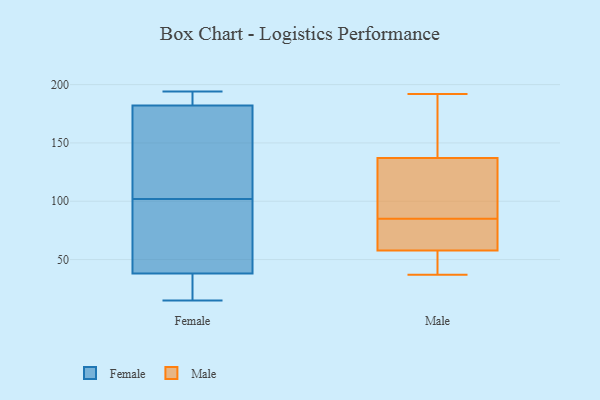
{"axis": {"x": "Operating Costs (USD K)", "y": "Value"}, "legend": ["Female", "Male"], "data": [{"x": "", "y": 17, "type": "Female"}, {"x": "", "y": 112, "type": "Female"}, {"x": "", "y": 55, "type": "Female"}, {"x": "", "y": 56, "type": "Female"}, {"x": "", "y": 192, "type": "Female"}, {"x": "", "y": 194, "type": "Female"}, {"x": "", "y": 15, "type": "Female"}, {"x": "", "y": 33, "type": "Female"}, {"x": "", "y": 191, "type": "Female"}, {"x": "", "y": 188, "type": "Female"}, {"x": "", "y": 102, "type": "Female"}, {"x": "", "y": 142, "type": "Female"}, {"x": "", "y": 20, "type": "Female"}, {"x": "", "y": 53, "type": "Female"}, {"x": "", "y": 164, "type": "Female"}, {"x": "", "y": 64, "type": "Male"}, {"x": "", "y": 121, "type": "Male"}, {"x": "", "y": 60, "type": "Male"}, {"x": "", "y": 47, "type": "Male"}, {"x": "", "y": 55, "type": "Male"}, {"x": "", "y": 37, "type": "Male"}, {"x": "", "y": 139, "type": "Male"}, {"x": "", "y": 96, "type": "Male"}, {"x": "", "y": 192, "type": "Male"}, {"x": "", "y": 85, "type": "Male"}, {"x": "", "y": 131, "type": "Male"}, {"x": "", "y": 158, "type": "Male"}, {"x": "", "y": 80, "type": "Male"}, {"x": "", "y": 171, "type": "Male"}, {"x": "", "y": 57, "type": "Male"}]}